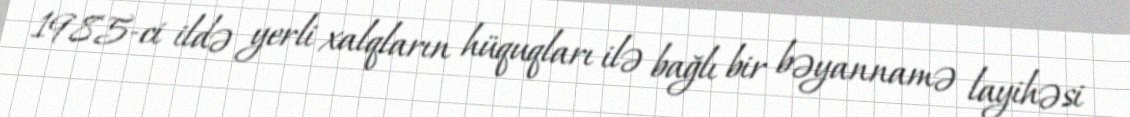
1985-ci ildə yerli xalqların hüquqları ilə bağlı bir bəyannamə layihəsi